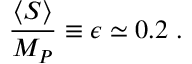
\frac { \langle S \rangle } { M _ { P } } \equiv \epsilon \simeq 0 . 2 ~ .